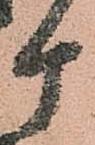
ケ